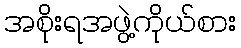
အစိုးရအဖွဲ့ကိုယ်စား